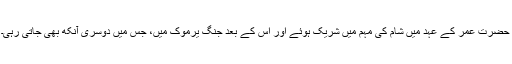
حضرت عمر کے عہد میں شام کی مہم میں شریک ہوئے اور اس کے بعد جنگ یرموک میں، جس میں دوسری آنکھ بھی جاتی رہی۔